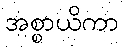
အစ္စာယိကာ